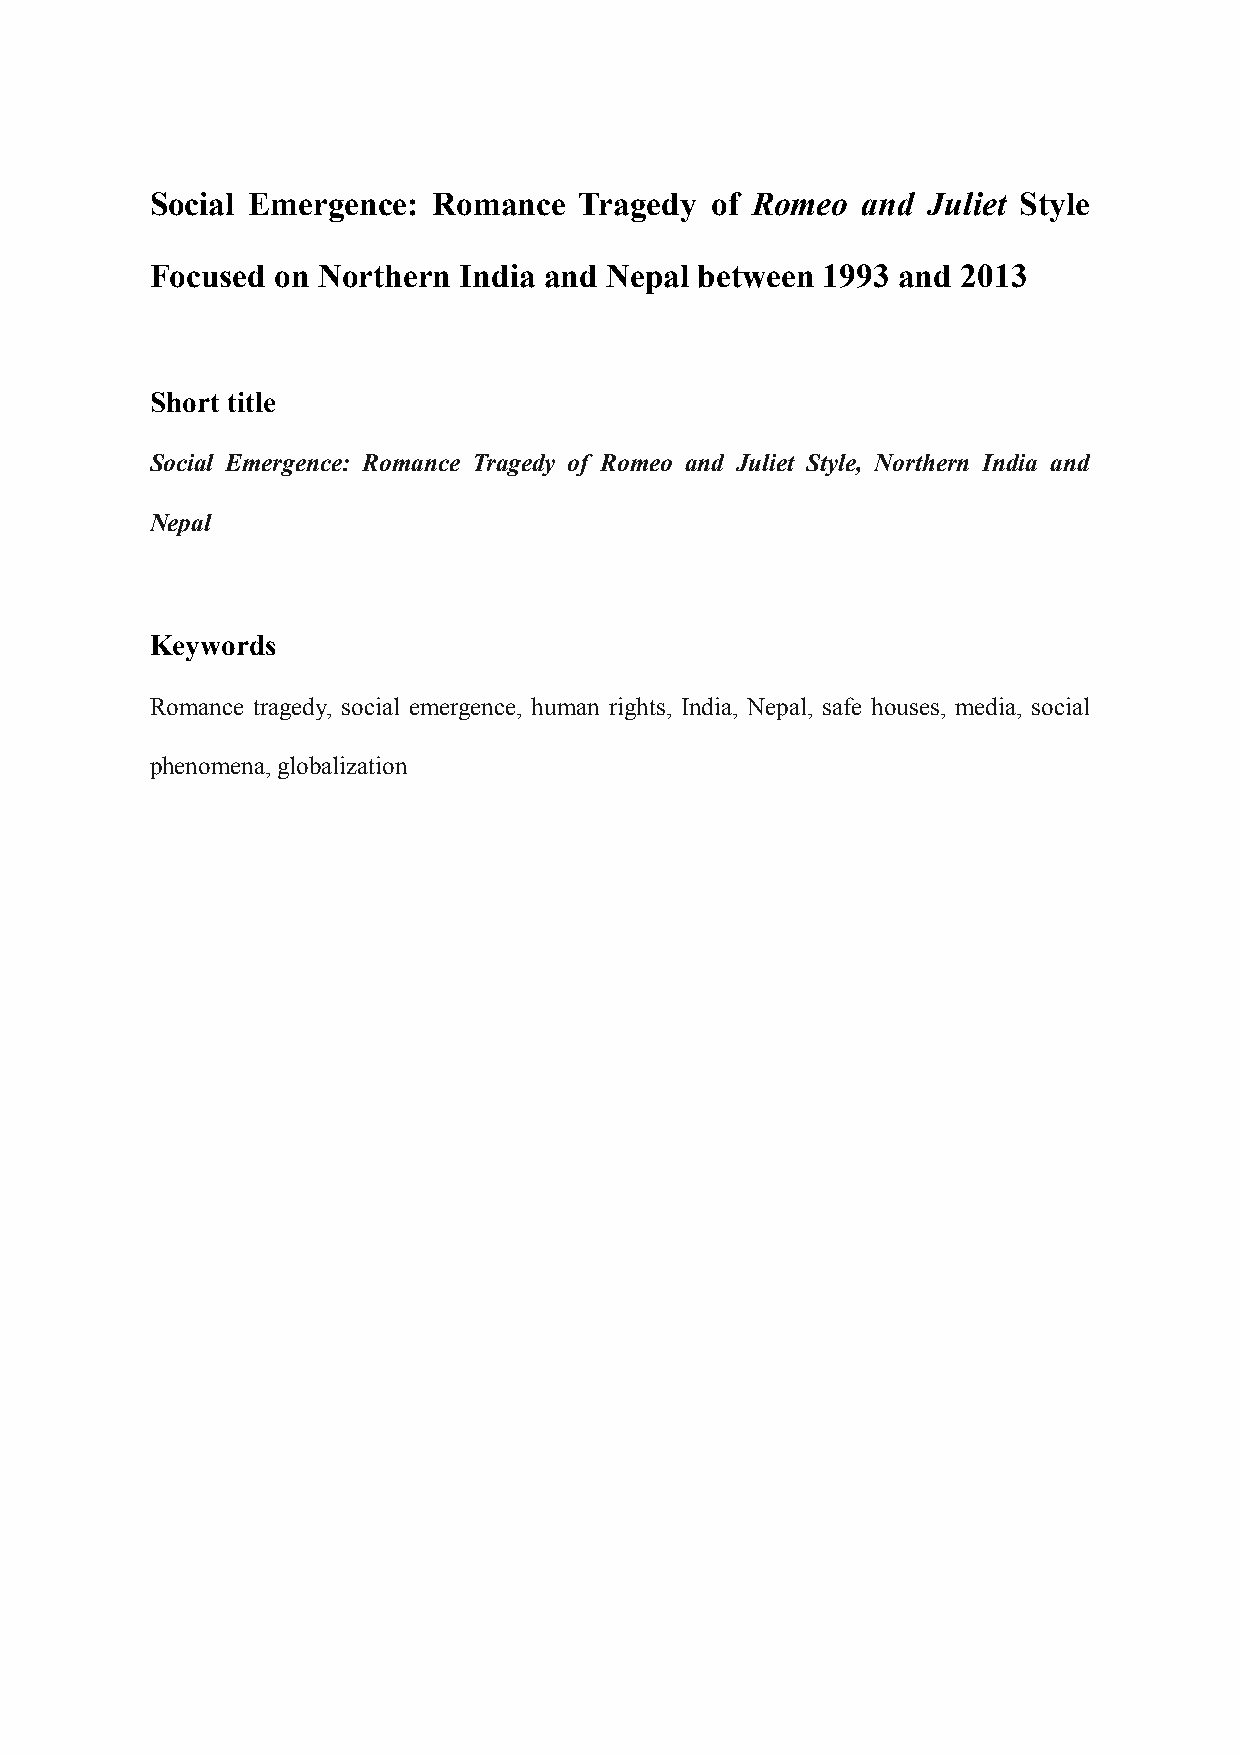
Social Emergence:  Romance  Tragedy  of Romeo  and Juliet Style
 Focused on Northern India and Nepal between  1993 and 2013
 Short title
 Social Emergence: Romance Tragedy of Romeo and Juliet Style, Northern India and
 Nepal
 Keywords
 Romance tragedy, social emergence, human rights, India, Nepal, safe houses, media, social
 phenomena, globalization